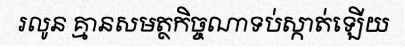
រលូន គ្មានសមត្ថកិច្ចណាទប់ស្កាត់ឡើយ